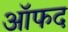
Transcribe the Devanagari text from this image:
ऑफद